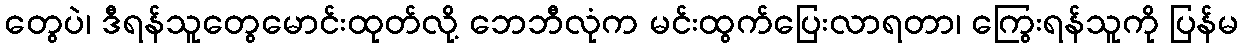
တွေပဲ၊ ဒီရန်သူတွေမောင်းထုတ်လို့ ဘေဘီလုံက မင်းထွက်ပြေးလာရတာ၊ ကြွေးရန်သူကို ပြန်မ